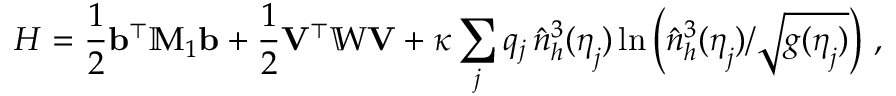
{ H } = \frac { 1 } { 2 } { \mathbf b } ^ { \top } { \mathbb { M } } _ { 1 } { \mathbf b } + \frac { 1 } { 2 } { \mathbf V } ^ { \top } \mathbb { W } { \mathbf V } + \kappa \sum _ { j } q _ { j } \, \hat { n } _ { h } ^ { 3 } ( \boldsymbol \eta _ { j } ) \ln \left( \hat { n } _ { h } ^ { 3 } ( \boldsymbol \eta _ { j } ) / \sqrt { g ( \boldsymbol \eta _ { j } ) } \right) \, ,